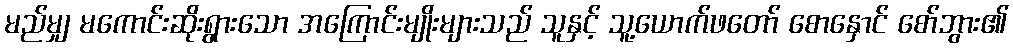
မည်မျှ မကောင်းဆိုးရွားသော အကြောင်းမျိုးများသည် သူနှင့် သူ့ယောက်ဖတော် စောနှောင် စော်ဘွား၏